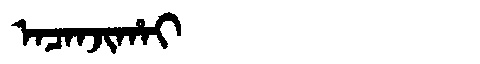
Manchu: ᠠᠴᠠᠨᠵᡳᡥᠠᡳ
Romanization: ACANJIHAI